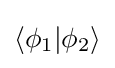
\langle \phi _{1}|\phi _{2}\rangle